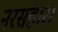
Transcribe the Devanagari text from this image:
नरसंहार।